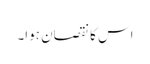
اس کا نقصان ہوا۔